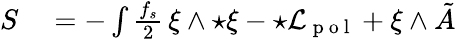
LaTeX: \begin{array}{rl}{S}&{{}=-\int\frac{f_{s}}{2}\, \xi\wedge{\star\xi}-\star{\cal L}_{\mathrm{~p~o~l~}}+\xi\wedge\tilde{A}}\end{array}